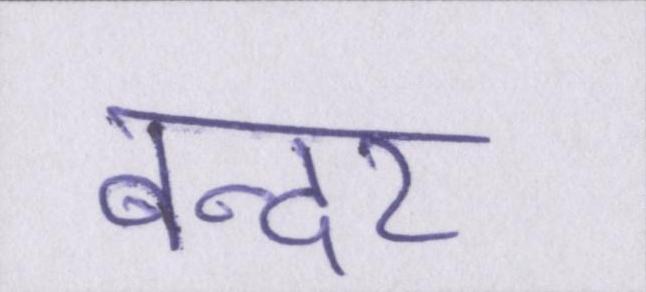
बन्दर